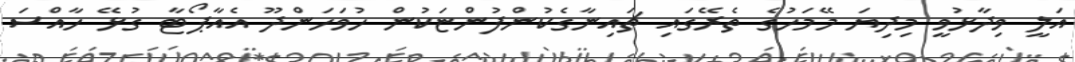
އަލީ ވިދާޅުވީ މިދިޔަ މޭމަހުގެ ތެރޭގައި ޗައިނާގެކުންފުންޏަކުން ހުވަހަންދޫ އެއާޕޯޓާ ގުޅޭ ހާއްސަ